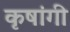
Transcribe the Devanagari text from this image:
कृषांगी